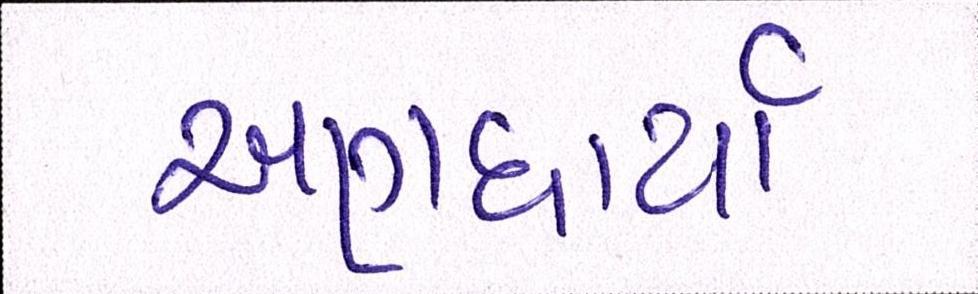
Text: અણધાર્યો